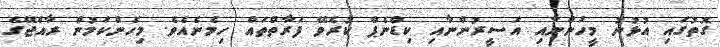
ގޮތުގައި އުޅުނު މީހުންނާއި އަސީރުންނާއި ކިޑްނެޕް ކުރެވޭ ފަރާތްތައް ހިމެނެއެވެ. މިހެންކަމުން ރާއްޖޭގެ